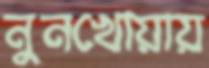
নুনখোয়ায়